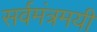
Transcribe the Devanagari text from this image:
सर्वमंत्रमयी